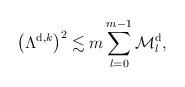
LaTeX: \begin{align*} \big(\Lambda^{\textup{d},k}\big)^2 \lesssim m \sum_{l=0}^{m-1} \mathcal{M}^{\textup{d}}_l,\end{align*}